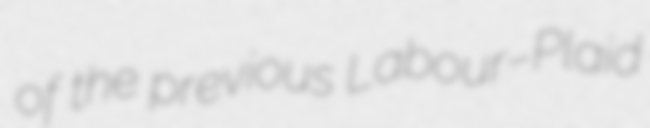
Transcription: of the previous Labour–Plaid